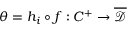
\theta = h _ { i } \circ f : C ^ { + } \rightarrow \overline { { \mathcal { D } } }